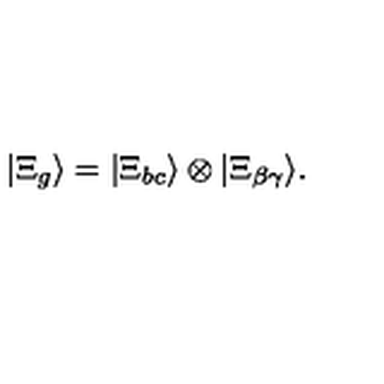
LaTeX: | \Xi _ { g } \rangle = | \Xi _ { b c } \rangle \otimes | \Xi _ { \beta \gamma } \rangle .